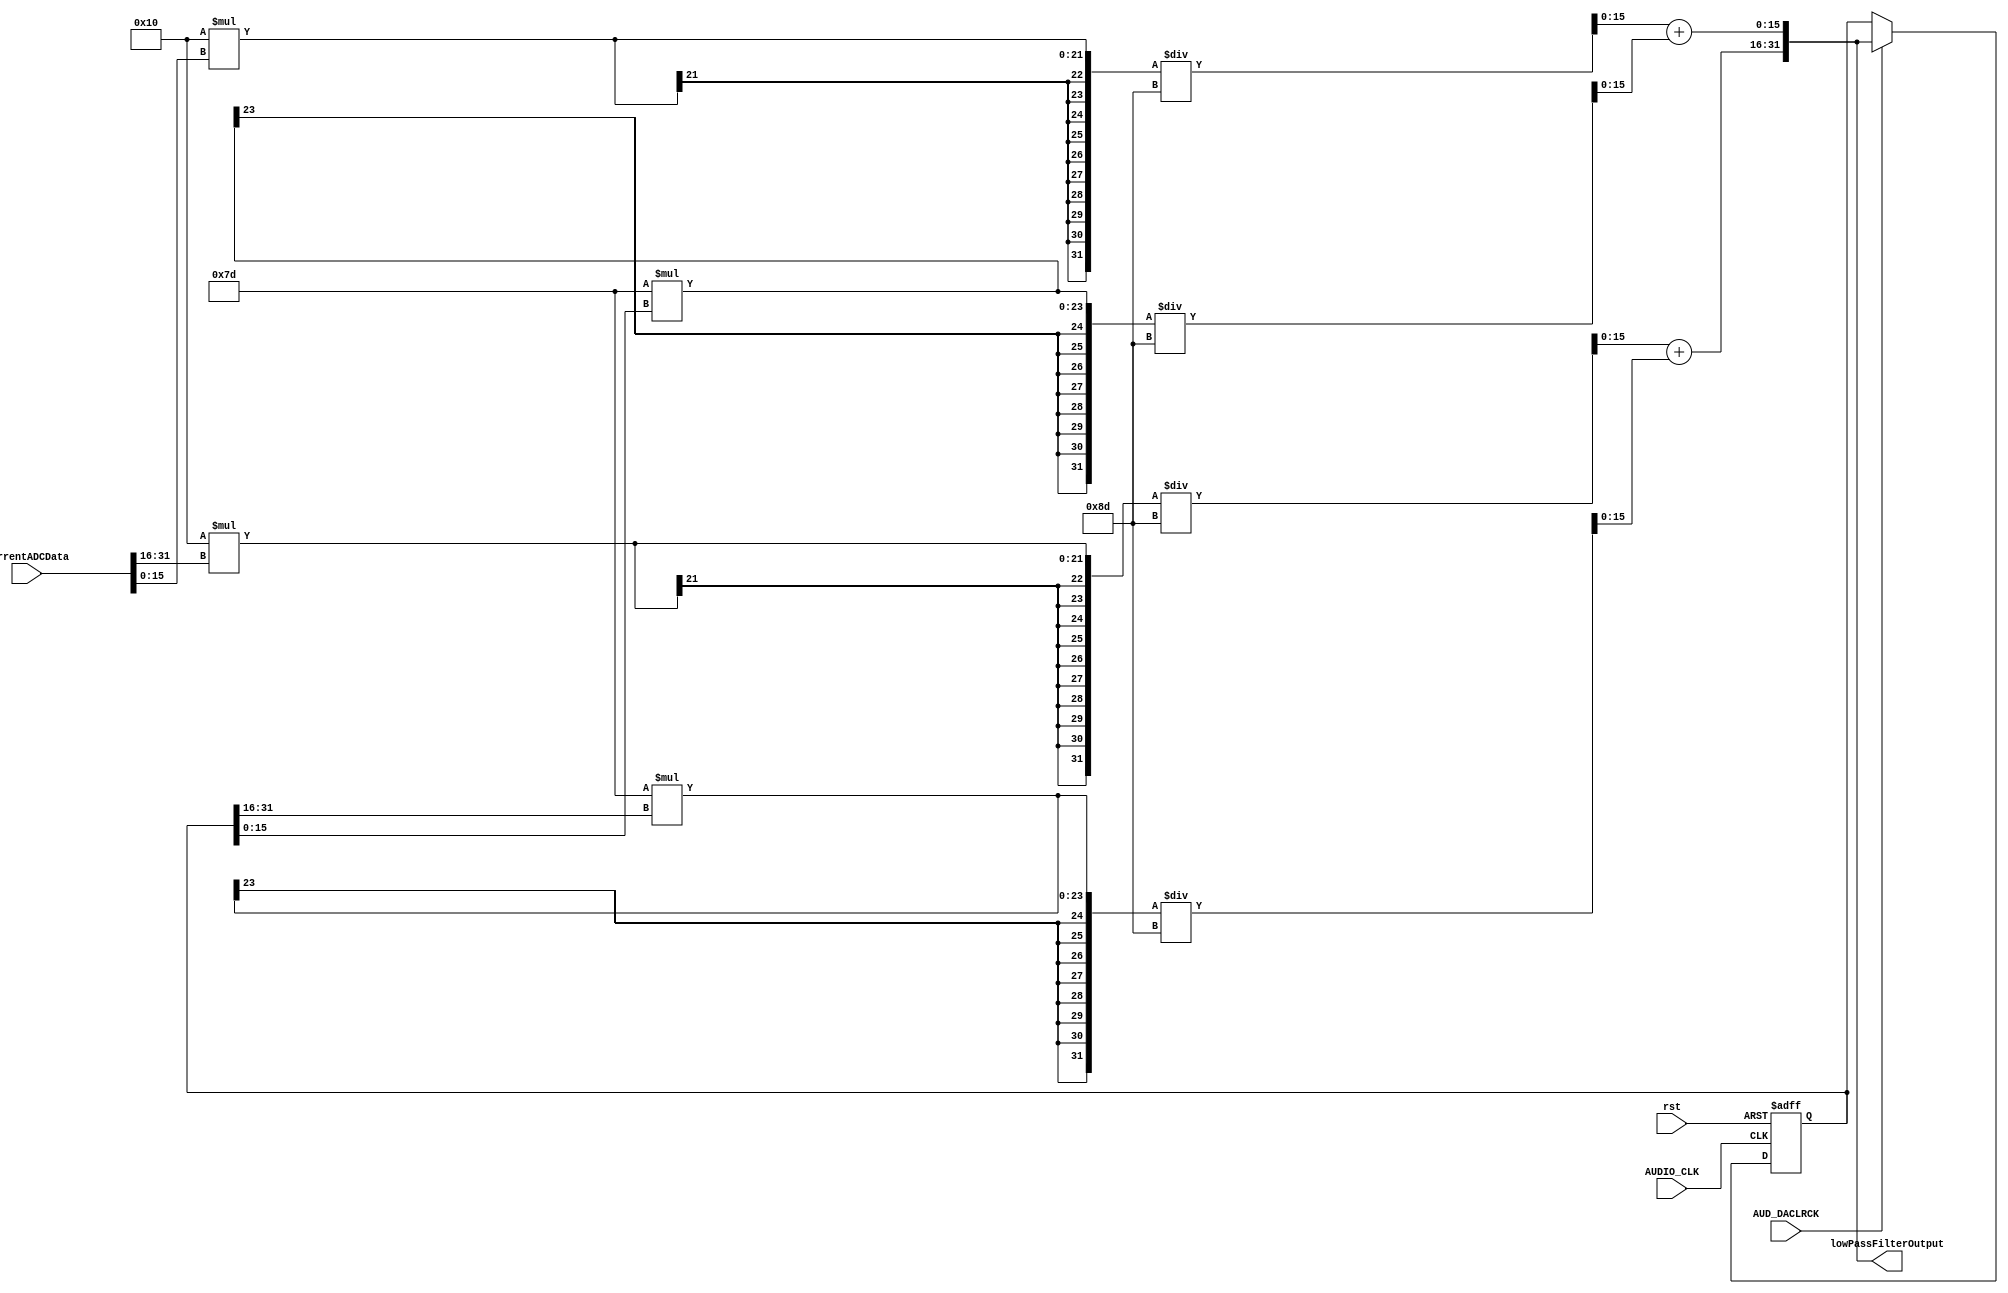
module LowPassFilter
(
input rst,
input AUDIO_CLK, 
input AUD_DACLRCK, 
input [31:0]currentADCData,
output reg [31:0]lowPassFilterOutput
);

// Declare variables for doing arithmetic
reg [31:0]lastAudioIn;
reg [31:0]lastOutput;
initial lastOutput = 32'd0;

//use 32 bits so we can do arithmetic without losing information.
wire signed [31:0]leftAudio = {{16{currentADCData[31]}}, currentADCData[31:16]};
wire signed [31:0]leftLastOutput = {{16{lastOutput[31]}}, lastOutput[31:16]};
reg signed [31:0]leftResult;

wire signed [31:0]rightAudio = { {16{currentADCData[15]}}, currentADCData[15:0]};
wire signed [31:0]rightLastOutput = {{16{lastOutput[15]}}, lastOutput[15:0]};
reg signed [31:0]rightResult;

always @ (*)
begin
	// y[i] = a * x[i] + (1-a) * y[i-1]
	// a = dt / (RC + dt) = 8e-8 / (6.25e-7 + 8e-8) = .113 = 16/141
	// dt = 1/12.5MHz = 8e-8   RC = 12.5Kohms * 50pF = 6.25e-7
	leftResult = (($signed(32'd16) * $signed(leftAudio)) / $signed(32'd141)) + (($signed(32'd125) * $signed(leftLastOutput)) / $signed(32'd141));
	rightResult = (($signed(32'd16) * $signed(rightAudio)) / $signed(32'd141)) + (($signed(32'd125) * $signed(rightLastOutput)) / $signed(32'd141));
	
	lowPassFilterOutput[31:16] = leftResult[15:0];
	lowPassFilterOutput[15:0] =  rightResult[15:0];
end

always @ (posedge AUDIO_CLK or negedge rst)
begin	
	if(rst == 0)
		lastOutput <= 32'd0;
	else 
		if(AUD_DACLRCK == 1'b1)
			lastOutput <= lowPassFilterOutput;
end

endmodule